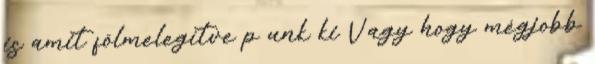
is amit fölmelegítve p unk ki Vagy hogy mégjobb